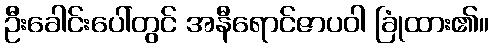
ဦးခေါင်းပေါ်တွင် အနီရောင်ဇာပဝါ ခြုံထား၏။